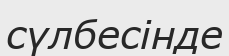
сүлбесінде